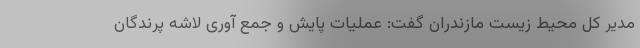
مدیر کل محیط زیست مازندران گفت: عملیات پایش و جمع آوری لاشه پرندگان